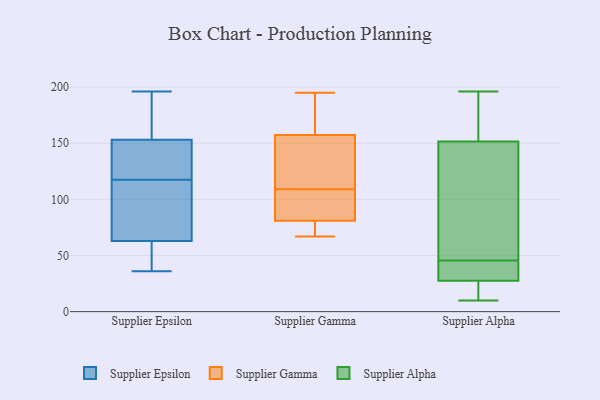
{"axis": {"x": "Tickets Resolved", "y": "Value"}, "legend": ["Supplier Alpha", "Supplier Epsilon", "Supplier Gamma"], "data": [{"x": "", "y": 151, "type": "Supplier Epsilon"}, {"x": "", "y": 196, "type": "Supplier Epsilon"}, {"x": "", "y": 169, "type": "Supplier Epsilon"}, {"x": "", "y": 36, "type": "Supplier Epsilon"}, {"x": "", "y": 59, "type": "Supplier Epsilon"}, {"x": "", "y": 108, "type": "Supplier Epsilon"}, {"x": "", "y": 137, "type": "Supplier Epsilon"}, {"x": "", "y": 55, "type": "Supplier Epsilon"}, {"x": "", "y": 101, "type": "Supplier Epsilon"}, {"x": "", "y": 127, "type": "Supplier Epsilon"}, {"x": "", "y": 79, "type": "Supplier Epsilon"}, {"x": "", "y": 194, "type": "Supplier Epsilon"}, {"x": "", "y": 63, "type": "Supplier Epsilon"}, {"x": "", "y": 153, "type": "Supplier Epsilon"}, {"x": "", "y": 157, "type": "Supplier Gamma"}, {"x": "", "y": 82, "type": "Supplier Gamma"}, {"x": "", "y": 78, "type": "Supplier Gamma"}, {"x": "", "y": 137, "type": "Supplier Gamma"}, {"x": "", "y": 111, "type": "Supplier Gamma"}, {"x": "", "y": 195, "type": "Supplier Gamma"}, {"x": "", "y": 109, "type": "Supplier Gamma"}, {"x": "", "y": 77, "type": "Supplier Gamma"}, {"x": "", "y": 67, "type": "Supplier Gamma"}, {"x": "", "y": 84, "type": "Supplier Gamma"}, {"x": "", "y": 171, "type": "Supplier Gamma"}, {"x": "", "y": 108, "type": "Supplier Gamma"}, {"x": "", "y": 158, "type": "Supplier Gamma"}, {"x": "", "y": 33, "type": "Supplier Alpha"}, {"x": "", "y": 196, "type": "Supplier Alpha"}, {"x": "", "y": 152, "type": "Supplier Alpha"}, {"x": "", "y": 43, "type": "Supplier Alpha"}, {"x": "", "y": 10, "type": "Supplier Alpha"}, {"x": "", "y": 69, "type": "Supplier Alpha"}, {"x": "", "y": 10, "type": "Supplier Alpha"}, {"x": "", "y": 22, "type": "Supplier Alpha"}, {"x": "", "y": 151, "type": "Supplier Alpha"}, {"x": "", "y": 183, "type": "Supplier Alpha"}, {"x": "", "y": 43, "type": "Supplier Alpha"}, {"x": "", "y": 48, "type": "Supplier Alpha"}]}